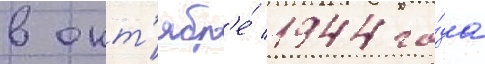
в окт'ябр'е́ 1944 го́да